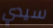
سيدي